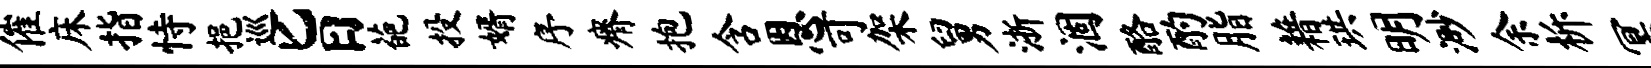
催床指恃挹巡旨葩投婿序瘠抱含恩可架舅浙涸酪酌脂藉珙明渺余柝冥